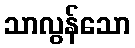
သာလွန်သော